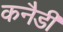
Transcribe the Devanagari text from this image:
कनैडी